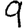
Digit: 9